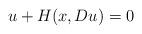
LaTeX: \begin{align*} u+H(x, Du)=0\end{align*}